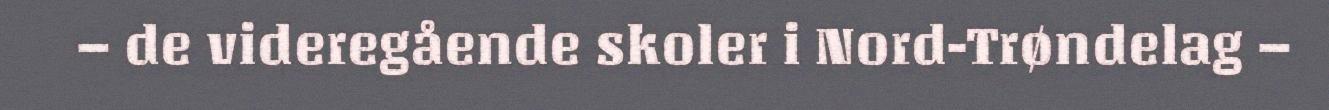
– de videregående skoler i Nord-Trøndelag –